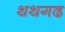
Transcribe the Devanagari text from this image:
थथगढ